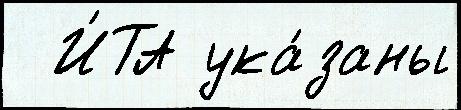
  И́ТА ука́заны